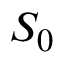
S _ { 0 }